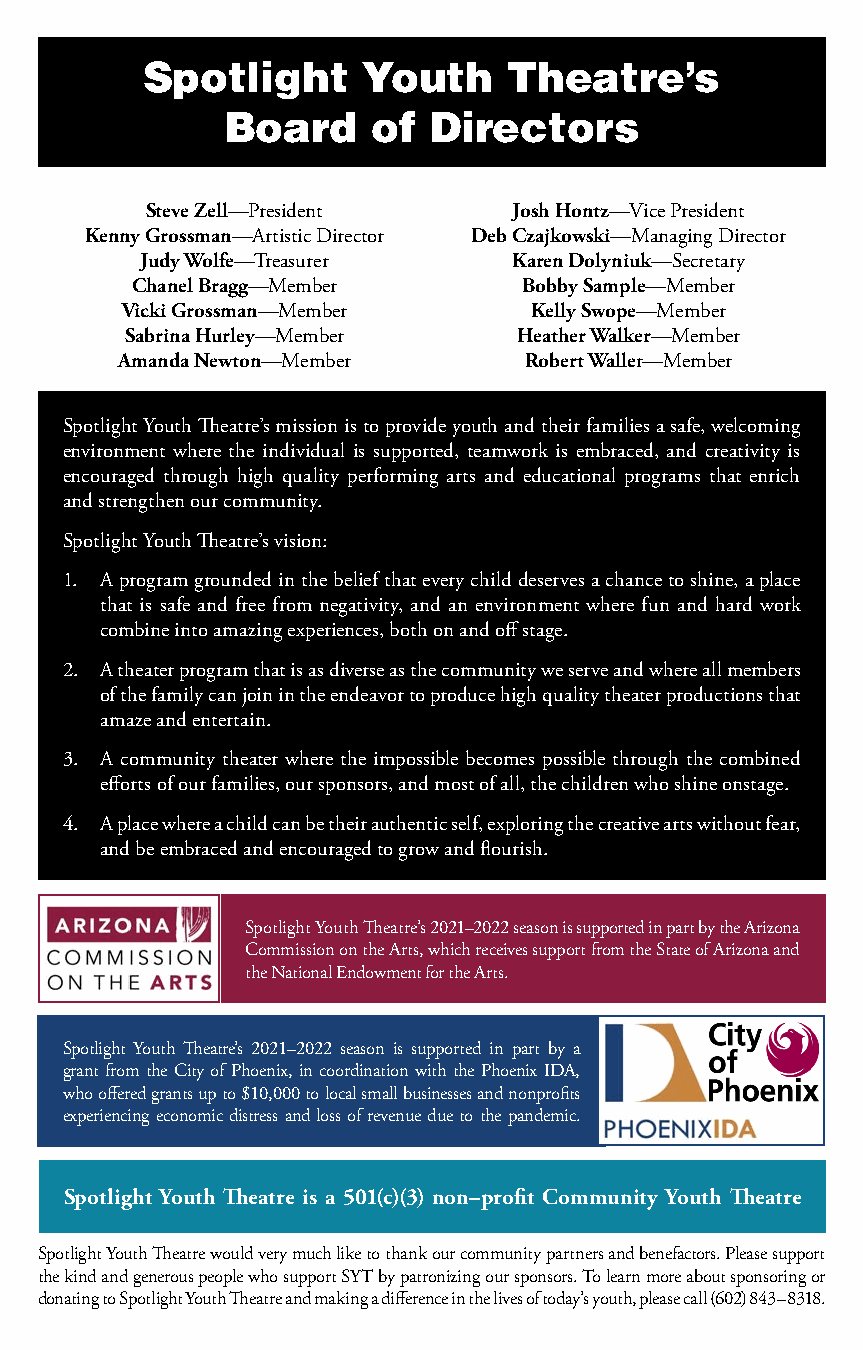
Spotlight      Youth    Theatre’s
 Board    of  Directors
 Steve Zell—President    Josh Hontz—Vice President
 Kenny Grossman—Artistic Director Deb Czajkowski—Managing Director
 Judy Wolfe—Treasurer     Karen Dolyniuk—Secretary
 Chanel Bragg—Member      Bobby Sample—Member
 Vicki Grossman—Member      Kelly Swope—Member
 Sabrina Hurley—Member     Heather Walker—Member
 Amanda Newton—Member       Robert Waller—Member
 Spotlight Youth Theatre’s mission is to provide youth and their families a safe, welcoming
 environment where the individual is supported, teamwork is embraced, and creativity is
 encouraged through high quality performing arts and educational programs that enrich
 and strengthen our community.
 Spotlight Youth Theatre’s vision:
 1. A program grounded in the belief that every child deserves a chance to shine, a place
 that is safe and free from negativity, and an environment where fun and hard work
 combine into amazing experiences, both on and off stage.
 2. A theater program that is as diverse as the community we serve and where all members
 of the family can join in the endeavor to produce high quality theater productions that
 amaze and entertain.
 3. A community theater where the impossible becomes possible through the combined
 efforts of our families, our sponsors, and most of all, the children who shine onstage.
 4. A place where a child can be their authentic self, exploring the creative arts without fear,
 and be embraced and encouraged to grow and flourish.
 Spotlight Youth Theatre’s 2021–2022 season is supported in part by the Arizona
 Commission on the Arts, which receives support from the State of Arizona and
 the National Endowment for the Arts.
 Spotlight Youth Theatre’s 2021–2022 season is supported in part by a
 grant from the City of Phoenix, in coordination with the Phoenix IDA,
 who offered grants up to $10,000 to local small businesses and nonprofits
 experiencing economic distress and loss of revenue due to the pandemic.
 Spotlight Youth Theatre is a 501(c)(3) non–profit Community Youth Theatre
 Spotlight Youth Theatre would very much like to thank our community partners and benefactors. Please support
 the kind and generous people who support SYT by patronizing our sponsors. To learn more about sponsoring or
 donating to Spotlight Youth Theatre and making a difference in the lives of today’s youth, please call (602) 843–8318.